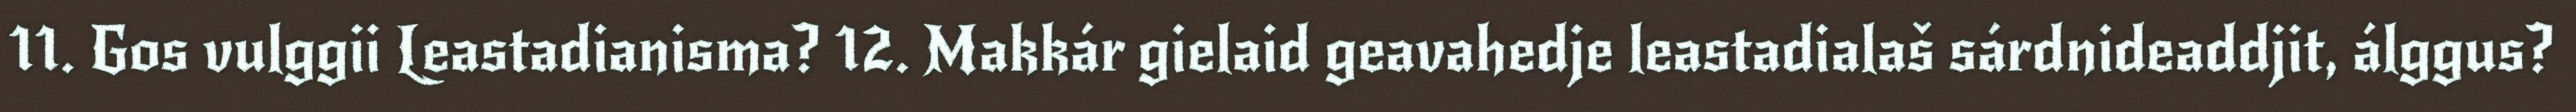
11. Gos vulggii Leastadianisma? 12. Makkár gielaid geavahedje leastadialaš sárdnideaddjit, álggus?